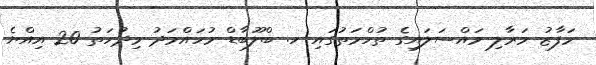
މަފާޒު މަރާލި މައްސަލައިގެ ތުހްމަތުގައި ހ. ބްލޫބާޑް މުހައްމަދު މިދުހަތު 20 އިއްޔެ